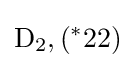
\mathrm {D} _{2},(^{*}22)